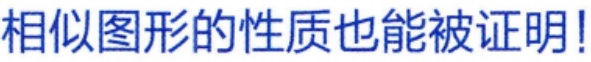
相似图形的性质也能被证明!